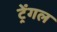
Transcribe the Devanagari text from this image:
ट्रेंगल